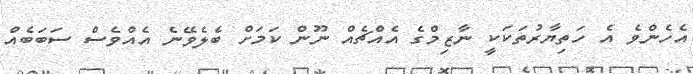
އެހެންވެ އެ ހަތިޔާރުތަކަކީ ނާޒިމްގެ އެއްޗެއް ނޫން ކަމަށް ބެލެވޭނެ އެއްވެސް ސަބަބެއް